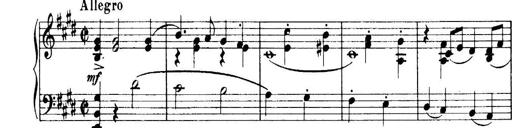
Title: 3 Sonatinas, Op.67
Composer: Jean Sibelius